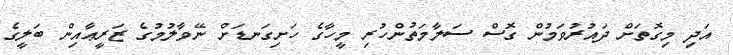
އަދި މިގޮތަށް ދައުރުވަމުން ގޮސް ސަލާމަތުންހުރި މީހާގެ ހަށިގަނޑަށް ނޭވާލުމުގެ ޒަރީޢާއިން ބަލީގެ